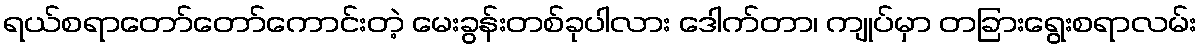
ရယ်စရာတော်တော်ကောင်းတဲ့ မေးခွန်းတစ်ခုပါလား ဒေါက်တာ၊ ကျုပ်မှာ တခြားရွေးစရာလမ်း